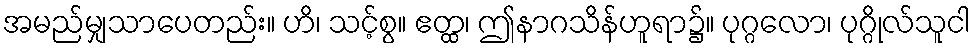
အမည်မျှသာပေတည်း။ ဟိ၊ သင့်စွ။ ဧတ္ထ၊ ဤနာဂသိန်ဟူရာ၌။ ပုဂ္ဂလော၊ ပုဂ္ဂိုလ်သူငါ